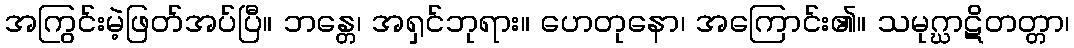
အကြွင်းမဲ့ဖြတ်အပ်ပြီ။ ဘန္တေ၊ အရှင်ဘုရား။ ဟေတုနော၊ အကြောင်း၏။ သမုဂ္ဃာဋိတတ္တာ၊